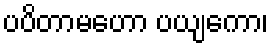
ပပိတာမဟော ပယျကော၊